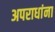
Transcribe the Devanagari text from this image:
अपराधांना